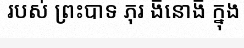
របស់ ព្រះបាទ ភុរ ង៑នោង៑ ក្នុង